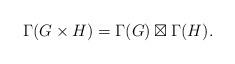
LaTeX: \begin{align*} \Gamma(G\times H) = \Gamma(G)\boxtimes \Gamma(H). \end{align*}